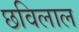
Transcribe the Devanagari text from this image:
छविलाल